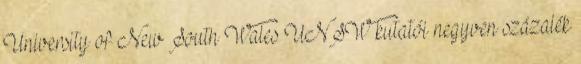
University of New South Wales UNSW kutatói negyven százalék